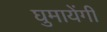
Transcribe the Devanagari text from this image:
घुमायेंगी